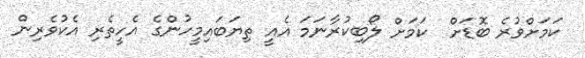
ކަމަށްވުރެ ބޮޑަށް  ކަމަށް ލޯބިކުރާނަމަ އެއީ ތިޔަބައިމީހުންގެ އެހީތެރި އެކުވެރިން